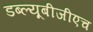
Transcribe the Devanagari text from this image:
डब्ल्यूबीजीएच